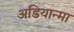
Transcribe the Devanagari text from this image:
अडियान्मा